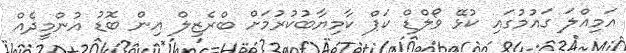
އަމިއްލަ ގައުމުގައި ކުޅޭ ވޯލްޑް ކަޕް ކާމިޔާބުކުރުމަށް ބްރެޒިލް އިން ބޮޑު އުންމީދެއް